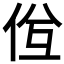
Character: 𠈝